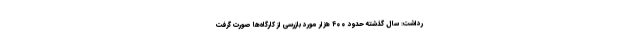
رداشت: سال گذشته حدود ۴۰۰ هزار مورد بازرسی از کارگاه‌ها صورت گرفت